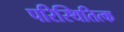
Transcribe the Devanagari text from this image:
परिस्थितित्क